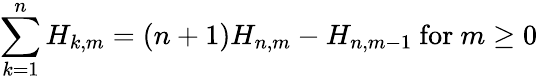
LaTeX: \sum_{k=1}^{n}H_{k,m}=(n+1)H_{n,m}-H_{n,m-1}{\mathrm{~for~}}m\geq 0